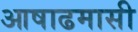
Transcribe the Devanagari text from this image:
आषाढमासी